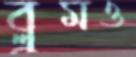
ব্লুমও